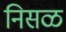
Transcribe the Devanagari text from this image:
निसळ